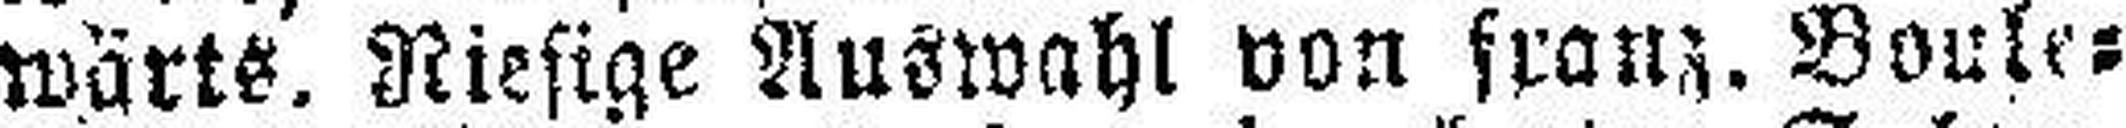
wärts, Riesige Auswahl von franz. Boule¬